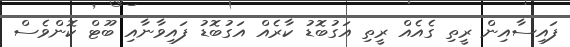
ފައިސާއިން ރީތި ގެއެއް ރީތި އަގުބޮޑު ކާރެއް އަގުބޮޑު ފައިވާނާއި ބޫޓް ކޮންވެސް